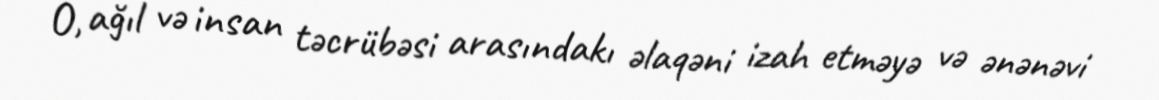
O, ağıl və insan təcrübəsi arasındakı əlaqəni izah etməyə və ənənəvi